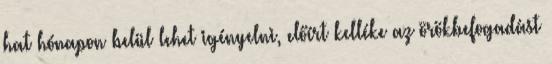
hat hónapon belül lehet igényelni, előírt kelléke az örökbefogadást